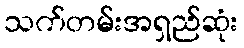
သက်တမ်းအရှည်ဆုံး